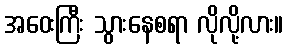
အဝေးကြီး သွားနေစရာ လိုလို့လား။